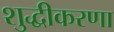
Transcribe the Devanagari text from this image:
शुद्धीकरणा